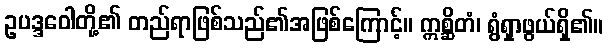
ဥပဒ္ဒဝေါတို့၏ တည်ရာဖြစ်သည်၏အဖြစ်ကြောင့်။ ဣစ္ဆိတံ၊ ရွံရှာဖွယ်ရှိ၏။